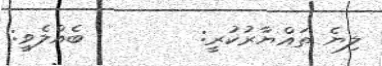
ލިޔެ ތައްޔާރުކުރީ:        ބެއްލެވީ: